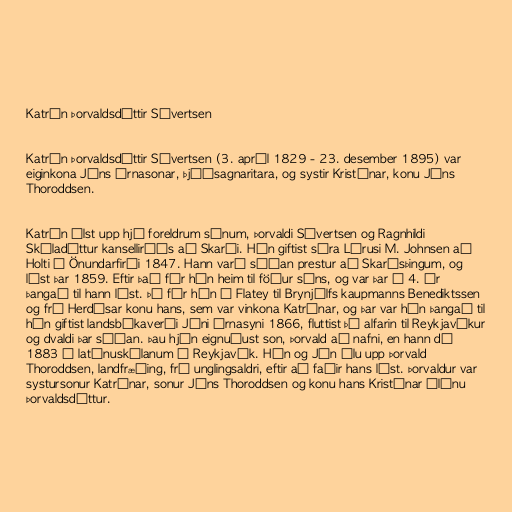
Katrín Þorvaldsdóttir Sívertsen

Katrín Þorvaldsdóttir Sívertsen (3. apríl 1829 - 23. desember 1895) var
eiginkona Jóns Árnasonar, þjóðsagnaritara, og systir Kristínar, konu Jóns
Thoroddsen.

Katrín ólst upp hjá foreldrum sínum, Þorvaldi Sívertsen og Ragnhildi
Skúladóttur kanselliráðs að Skarði. Hún giftist séra Lárusi M. Johnsen að
Holti í Önundarfirði 1847. Hann varð síðan prestur að Skarðsþingum, og
lést þar 1859. Eftir það fór hún heim til föður síns, og var þar á 4. ár
þangað til hann lést. Þá fór hún í Flatey til Brynjólfs kaupmanns Benediktssen
og frú Herdísar konu hans, sem var vinkona Katrínar, og þar var hún þangað til
hún giftist landsbókaverði Jóni Árnasyni 1866, fluttist þá alfarin til Reykjavíkur
og dvaldi þar síðan. Þau hjón eignuðust son, Þorvald að nafni, en hann dó
1883 í latínuskólanum í Reykjavík. Hún og Jón ólu upp Þorvald
Thoroddsen, landfræðing, frá unglingsaldri, eftir að faðir hans lést. Þorvaldur var
systursonur Katrínar, sonur Jóns Thoroddsen og konu hans Kristínar Ólínu
Þorvaldsdóttur.